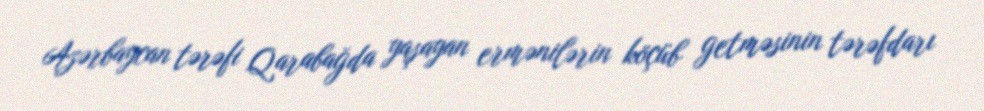
Azərbaycan tərəfi Qarabağda yaşayan ermənilərin köçüb getməsinin tərəfdarı